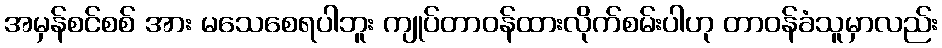
အမှန်စင်စစ် အား မသေစေရပါဘူး ကျုပ်တာဝန်ထားလိုက်စမ်းပါဟု တာဝန်ခံသူမှာလည်း